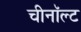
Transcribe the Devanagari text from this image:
चीनॉल्ट